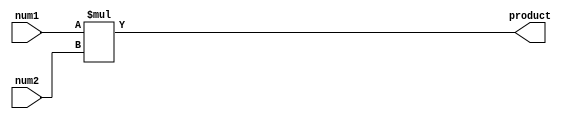
`timescale 1ns / 1ps
//////////////////////////////////////////////////////////////////////////////////
// Company: 
// Engineer: 
// 
// Design Name: 
// Module Name: floatmult
// Project Name: 
// Target Devices: 
// Tool Versions: 
// Description: 
// 
// Dependencies: 
// 
// Revision:
// Revision 0.01 - File Created
// Additional Comments:
// 
//////////////////////////////////////////////////////////////////////////////////


module fracmult(
input [23:0] num1, num2,
output reg [47:0] product
    );

always @ (*)
    begin
        product = num1 * num2;
    end    
endmodule